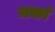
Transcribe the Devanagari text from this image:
जकां